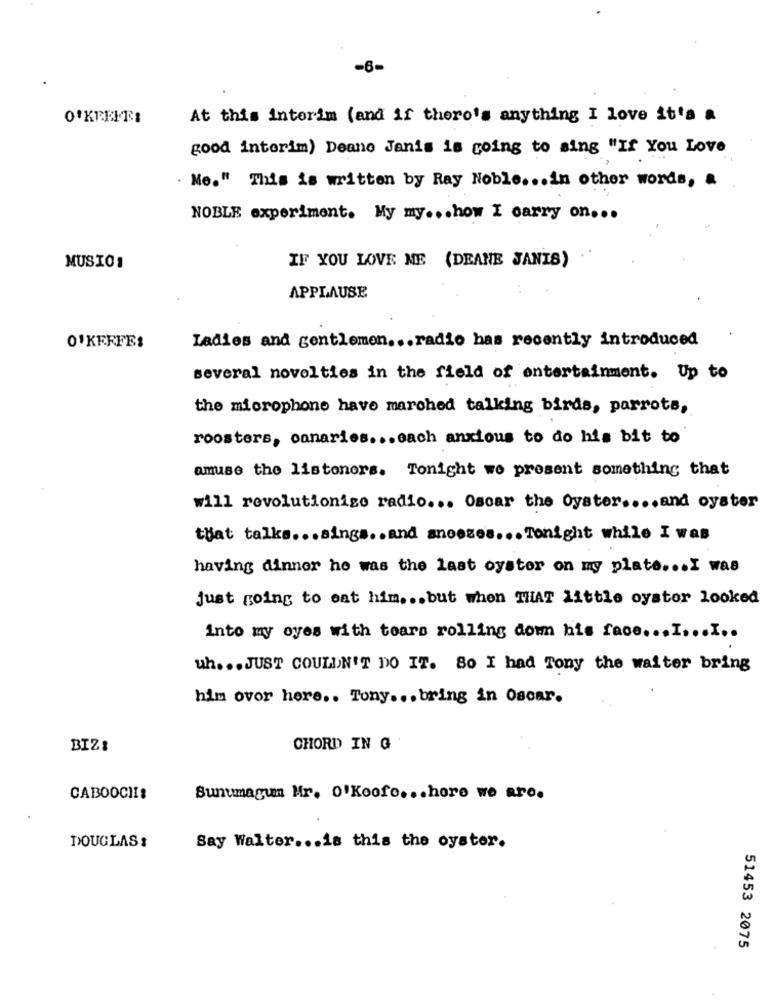
-6-
O'KEEFEI
At this interim (and if there's anything I love it's a
good interim) Deano Janis is going to sing "If You Love
. Me." This is written by Ray Noble ... in other words, &
NOBLE experiment. My my ... how I carry on ...
IF YOU LOVE ME (DEANE JANIS)
MUSIC1
APPLAUSE
Ladies and gentlemen ... radio has recently introduced
O'KEEFE:
several novelties in the field of entertainment. Up to
the microphone have marched talking birds, parrots,
roosters, canaries ... each anxious to do his bit to
amuse the listoners. Tonight we present something that
will revolutionige radio ... Oscar the Oyster .... and oyster
that talks ... sings .. and anceses ... Tonight while I was
having dinner he was the last oyster on my plate ... I was
just going to eat him ... but when THAT little oyster looked
into my oyes with tears rolling dom his face ... I ... I ..
uh ... JUST COULDN'T DO IT. 80 I had Tony the waiter bring
him ovor here .. Tony ... bring in Oscar.
BIZI
CHORD IN G
CABOOCHIS
Sunumagum Mr. O'Koofe ... here we are.
DOUGLAS :
Say Walter ... is this the oyster.
51453 2075